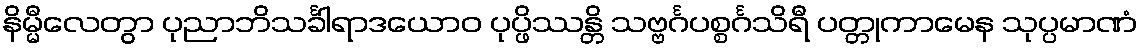
နိမ္မီလေတွာ ပုညာဘိသင်္ခါရာဒယောဝ ပုပ္ဖိဿန္တိ သဗ္ဗင်္ဂပစ္စင်္ဂသိရီ ပတ္တုကာမေန သုပ္ပမာဏံ